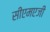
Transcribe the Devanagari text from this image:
सीएमएजी